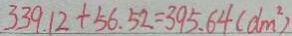
3 3 9 . 1 2 + 5 6 . 5 2 = 3 9 5 . 6 4 ( d m ^ { 2 } )